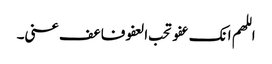
اللھم انک عفو تحب العفو فاعف عنی۔